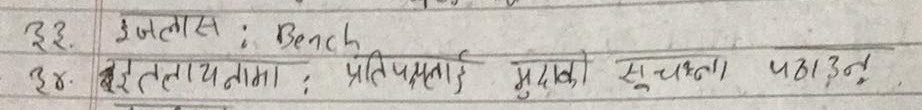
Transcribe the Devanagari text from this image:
३३. डेगलास : Bench
३४. इजलासनामा : प्रतिपक्षी मुद्दाको सुचना पठाउनु ।